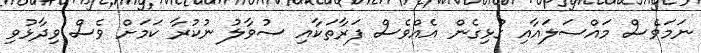
ނަމަވެސް މައްސަލައާއި ގުޅިގެން އެއްވެސް ފަރާތަކާއި ސުވާލު ނުކުރާ ކަމަށް ވެސް ވިދާޅުވި